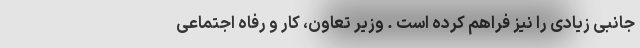
جانبی زیادی را نیز فراهم کرده است . وزیر تعاون، کار و رفاه اجتماعی